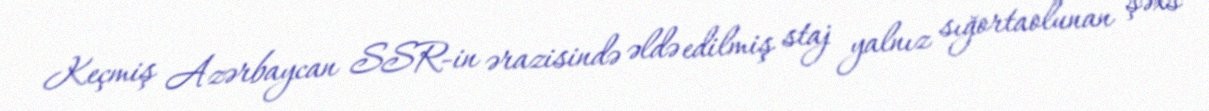
Keçmiş Azərbaycan SSR-in ərazisində əldə edilmiş staj yalnız sığortaolunan şəxs